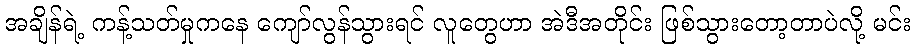
အချိန်ရဲ့ ကန့်သတ်မှုကနေ ကျော်လွန်သွားရင် လူတွေဟာ အဲဒီအတိုင်း ဖြစ်သွားတော့တာပဲလို့ မင်း